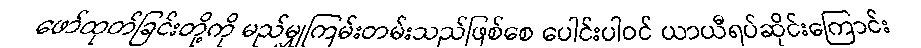
ဖော်ထုတ်ခြင်းတို့ကို မည်မျှကြမ်းတမ်းသည်ဖြစ်စေ ပေါင်းပါဝင် ယာယီရပ်ဆိုင်းကြောင်း